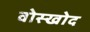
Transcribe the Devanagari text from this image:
वोस्खोद